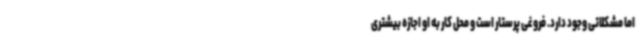
اما مشکلاتی وجود دارد. فروغی پرستار است و محل کار به او اجازه بیشتری